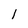
Character: 1